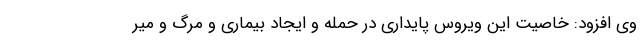
وی افزود: خاصیت این ویروس پایداری در حمله و ایجاد بیماری و مرگ و میر